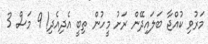
މަރުވި ކުއްޖާ ބަލައިދޭން ރަށު މީހުން ތިބީ އެދިއެދި! 9 މަސް 3